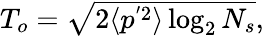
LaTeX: \begin{array}{r}{T_{o}=\sqrt{2\langle p^{'2}\rangle\log_{2}N_{s}},}\end{array}